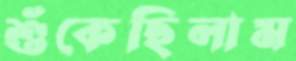
শুঁকেছিলাম